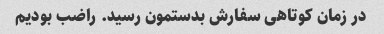
در زمان کوتاهی سفارش بدستمون رسید. راضب بودیم